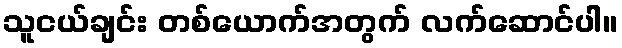
သူငယ်ချင်း တစ်ယောက်အတွက် လက်ဆောင်ပါ။